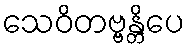
သေဝိတဗ္ဗန္တိပေ